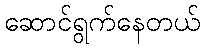
ဆောင်ရွက်နေတယ်